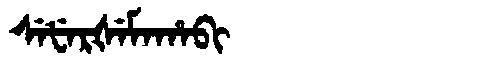
Manchu: ᠰᡝᡶᡝᡵᡧᡝᠮᠠᡥᠠᠪᡳ
Romanization: SEFERŠEMAHABI